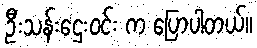
ဦးသန်းဌေးဝင်း က ပြောပါတယ်။